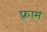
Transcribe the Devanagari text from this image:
फ़्राम